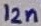
Text: 12n